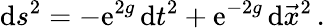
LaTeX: \mathrm{d}s^{2}=-\mathrm{e}^{2g}\, \mathrm{d}t^{2}+\mathrm{e}^{-2g}\, \mathrm{d}\vec{x}^{2}\, .